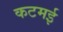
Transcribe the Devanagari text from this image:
कटमई